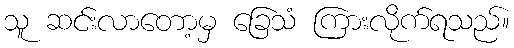
သူ ဆင်းလာတော့မှ ခြေသံ ကြားလိုက်ရသည်။